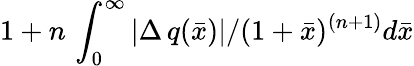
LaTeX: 1+n\, \int_{0}^{\infty}|\Delta\, q(\bar{x})|/(1+\bar{x})^{(n+1)}d\bar{x}